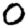
Digit: 0